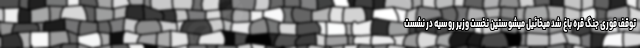
توقف فوری جنگ قره باغ شد میخائیل میشوستین نخست وزیر روسیه در نشست